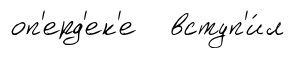
оп'ерд'ек'е вступ'и́л